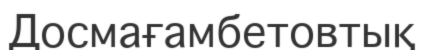
Досмағамбетовтық